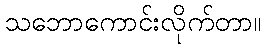
သဘောကောင်းလိုက်တာ။